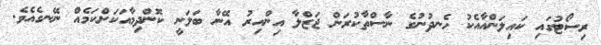
ރިސޯޓުގައި ކައިލަންއާއެކު ހެނދުނުގެ ނާސްތާކުރަން ޖަޒްލާ އިންއިރު އޭނާ ބަލަނީ ކޮންދިމާއަކަށްކަމެއް ނޭނގެއެވެ.